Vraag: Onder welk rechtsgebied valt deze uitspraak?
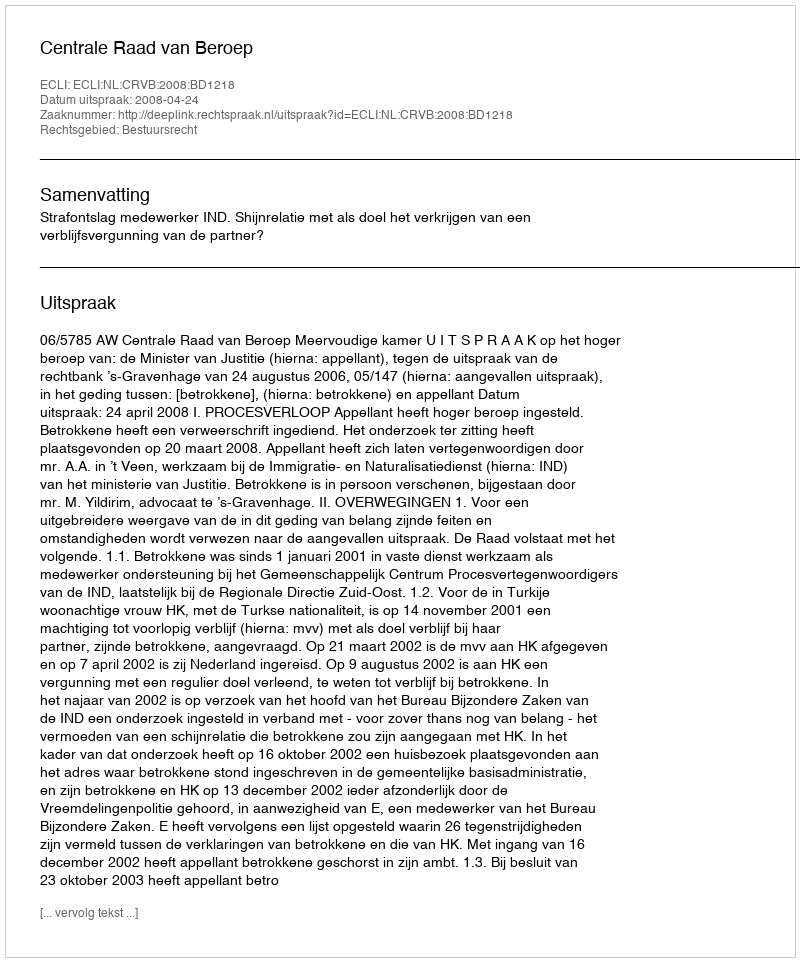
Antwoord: Bestuursrecht